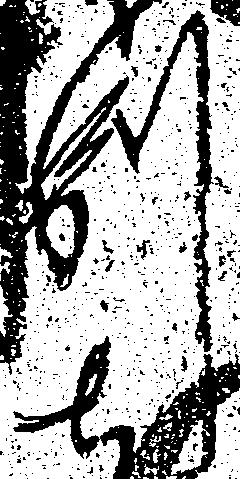
別